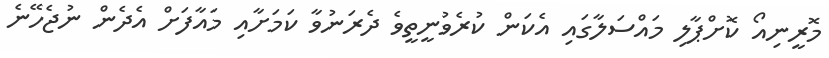
މޮރީނިއޯ ކޮށްޕާލި މައްސަލާގައި އެކަން ކުރެވުނީތީވެ ދެރަނުވާ ކަމަށާއި މައާފަށް އެދެން ނުޖެހޭނެ